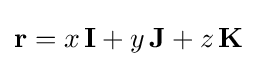
\mathbf {r} =x\,\mathbf {I} +y\,\mathbf {J} +z\,\mathbf {K}